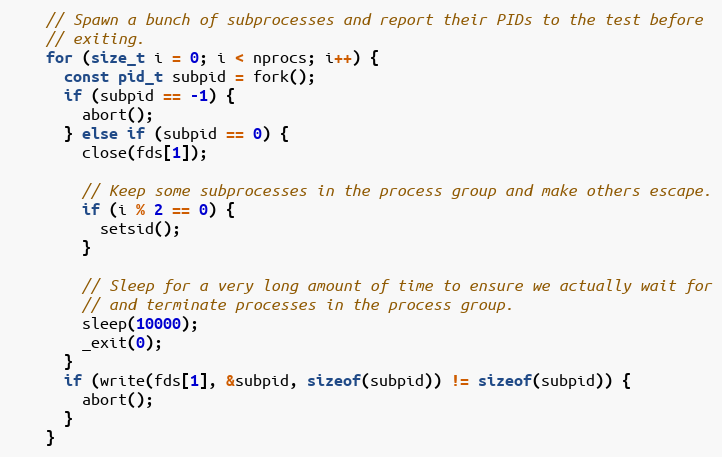
Language: C++
    // Spawn a bunch of subprocesses and report their PIDs to the test before
    // exiting.
    for (size_t i = 0; i < nprocs; i++) {
      const pid_t subpid = fork();
      if (subpid == -1) {
        abort();
      } else if (subpid == 0) {
        close(fds[1]);

        // Keep some subprocesses in the process group and make others escape.
        if (i % 2 == 0) {
          setsid();
        }

        // Sleep for a very long amount of time to ensure we actually wait for
        // and terminate processes in the process group.
        sleep(10000);
        _exit(0);
      }
      if (write(fds[1], &subpid, sizeof(subpid)) != sizeof(subpid)) {
        abort();
      }
    }